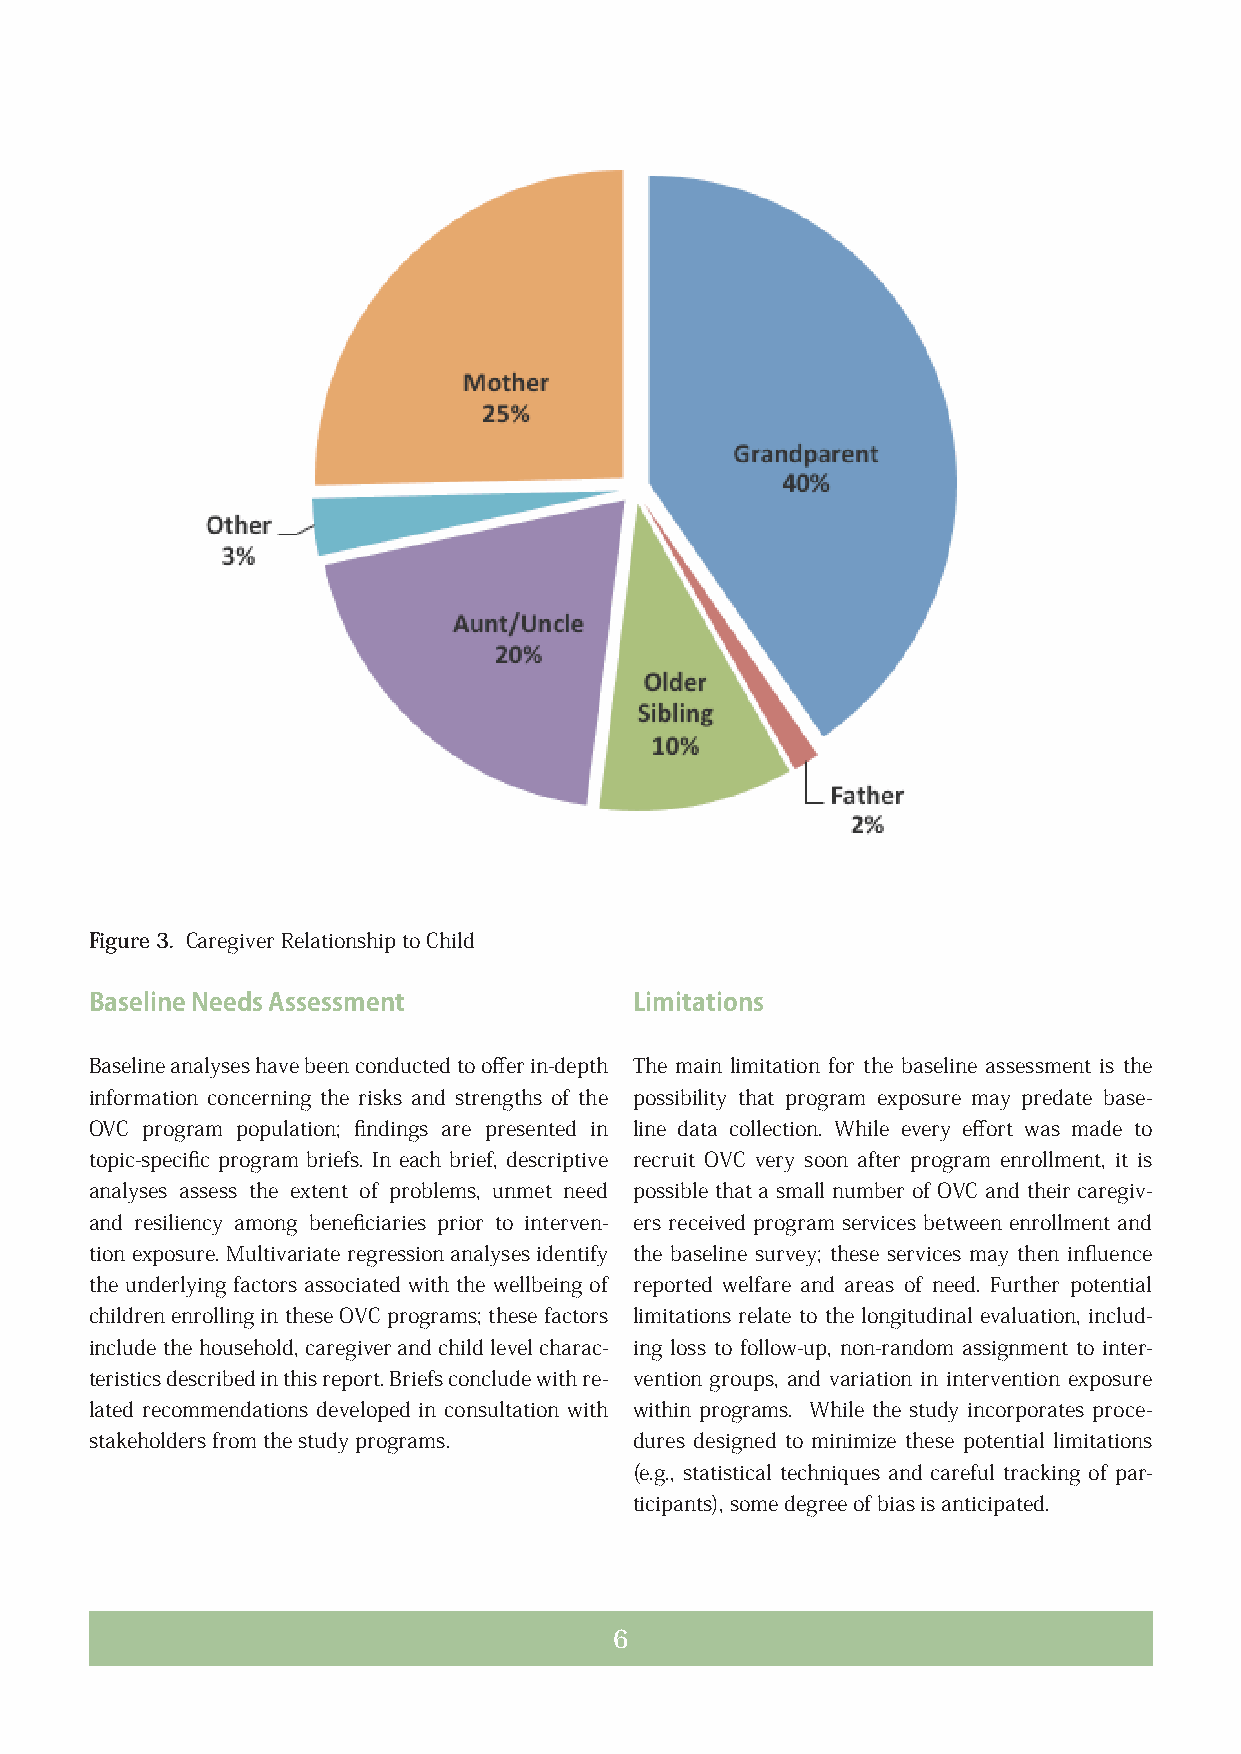
Figure 3. Caregiver Relationship to Child
 Baseline Needs Assessment           Limitations
 Baseline analyses have been conducted to offer in-depth The main limitation for the baseline assessment is the
 information concerning the risks and strengths of the possibility that program exposure may predate base-
 OVC program population; findings are presented in line data collection. While every effort was made to
 topic-specific program briefs. In each brief, descriptive recruit OVC very soon after program enrollment, it is
 analyses assess the extent of problems, unmet need possible that a small number of OVC and their caregiv-
 and resiliency among beneficiaries prior to interven- ers received program services between enrollment and
 tion exposure. Multivariate regression analyses identify the baseline survey; these services may then influence
 the underlying factors associated with the wellbeing of reported welfare and areas of need. Further potential
 children enrolling in these OVC programs; these factors limitations relate to the longitudinal evaluation, includ-
 include the household, caregiver and child level charac- ing loss to follow-up, non-random assignment to inter-
 teristics described in this report. Briefs conclude with re- vention groups, and variation in intervention exposure
 lated recommendations developed in consultation with within programs. While the study incorporates proce-
 stakeholders from the study programs. dures designed to minimize these potential limitations
 (e.g., statistical techniques and careful tracking of par-
 ticipants), some degree of bias is anticipated.
 6